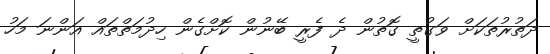
ދަތުރުތަކަށް ވަގުތީ ގޮތުން ދެ ފެރީ ބޭނުން ކޮށްގެން ހިދުމަތްތައް އަންނަ މަހު